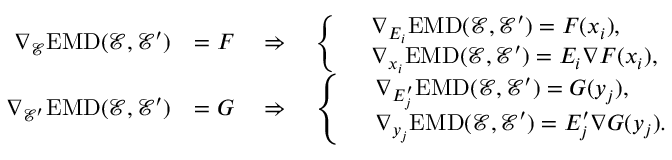
\begin{array} { r l } { \nabla _ { \mathcal { E } } \mathrm { E M D } ( \mathcal { E } , \mathcal { E } ^ { \prime } ) } & { = F \quad \Rightarrow \quad \left\{ \begin{array} { l l } { \quad \nabla _ { E _ { i } } \mathrm { E M D } ( \mathcal { E } , \mathcal { E } ^ { \prime } ) = F ( x _ { i } ) , } \\ { \quad \nabla _ { x _ { i } } \mathrm { E M D } ( \mathcal { E } , \mathcal { E } ^ { \prime } ) = E _ { i } \nabla F ( x _ { i } ) , } \end{array} \right. } \\ { \nabla _ { \mathcal { E } ^ { \prime } } \mathrm { E M D } ( \mathcal { E } , \mathcal { E } ^ { \prime } ) } & { = G \quad \Rightarrow \quad \left\{ \begin{array} { l l } { \quad \nabla _ { E _ { j } ^ { \prime } } \mathrm { E M D } ( \mathcal { E } , \mathcal { E } ^ { \prime } ) = G ( y _ { j } ) , } \\ { \quad \nabla _ { y _ { j } } \mathrm { E M D } ( \mathcal { E } , \mathcal { E } ^ { \prime } ) = E _ { j } ^ { \prime } \nabla G ( y _ { j } ) . } \end{array} \right. } \end{array}